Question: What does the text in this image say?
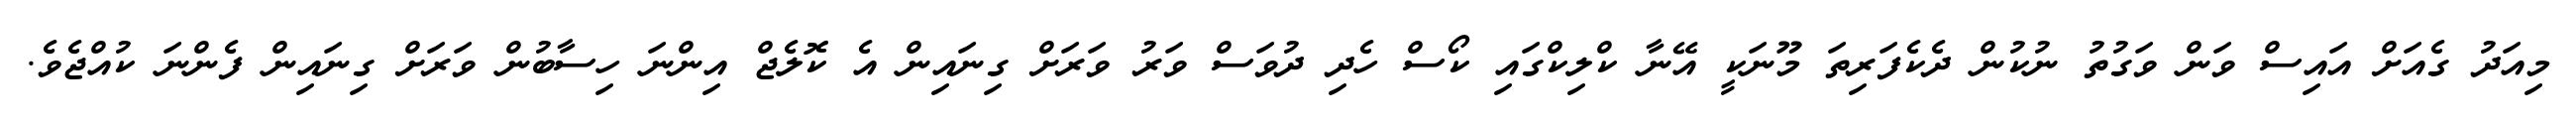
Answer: މިއަދު ގެއަށް އައިސް ވަން ވަގުތު ނުކުން ދެކެފަރިތަ މޫނަކީ އޭނާ ކްލިކްގައި ކޯސް ހެދި ދުވަސް ވަރު ވަރަށް ގިނައިން އެ ކޮލެޖް އިންނަ ހިސާބުން ވަރަށް ގިނައިން ފެންނަ ކުއްޖެވެ.